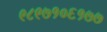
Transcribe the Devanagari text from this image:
९८९७१०६१७७